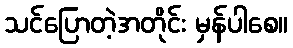
သင်ပြောတဲ့အတိုင်း မှန်ပါစေ။